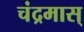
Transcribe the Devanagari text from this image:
चंद्रमास्